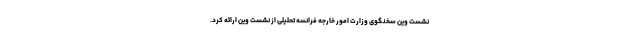
نشست وین سخنگوی وزارت امور خارجه فرانسه تحلیلی از نشست وین ارائه کرد.